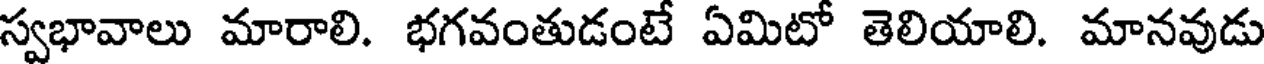
స్వభావాలు మారాలి. భగవంతుడంటే ఏమిటో తెలియాలి. మానవుడు